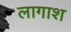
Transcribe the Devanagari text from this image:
लागाश